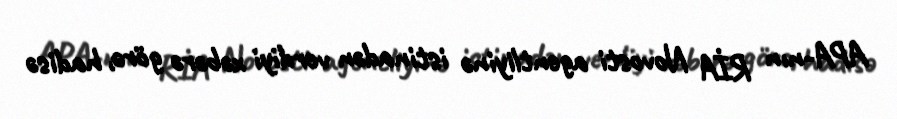
APA-nın RİA Novosti agentliyinə istinadən verdiyi xəbərə görə, hadisə